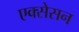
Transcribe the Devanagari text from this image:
एक्सेसन